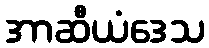
အာဆီယံဒေသ